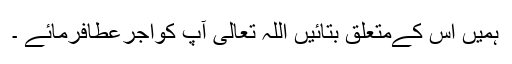
ہمیں اس کےمتعلق بتائیں اللہ تعالی آپ کواجرعطافرمائے ۔